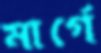
মার্গে